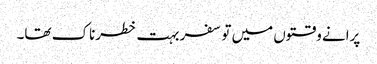
پرانے وقتوں میں تو سفر بہت خطرناک تھا۔